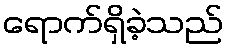
ရောက်ရှိခဲ့သည်